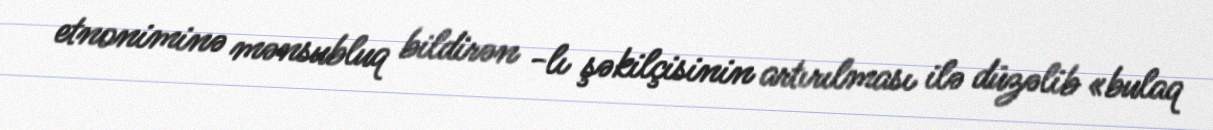
etnoniminə mənsubluq bildirən -lı şəkilçisinin artırılması ilə düzəlib «bulaq